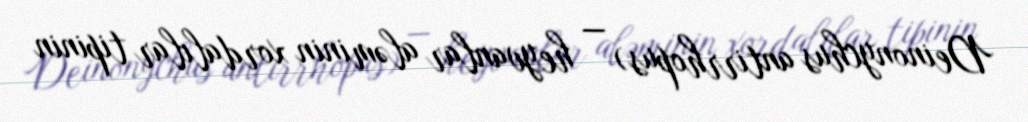
Deinonychus antirrhopus) — heyvanlar aləminin xordalılar tipinin